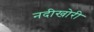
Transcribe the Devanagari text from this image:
नदीखोरी